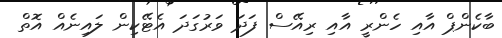
ބާކެންޕް އާއި ހެންރީ އާއި ރިއޭސް ފަދަ ވަރުގަދަ އެޓޭކިން ލައިނެއް އޮތް